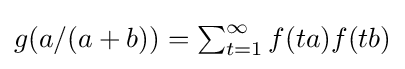
{\textstyle g(a/(a+b))=\sum _{t=1}^{\infty }f(ta)f(tb)}